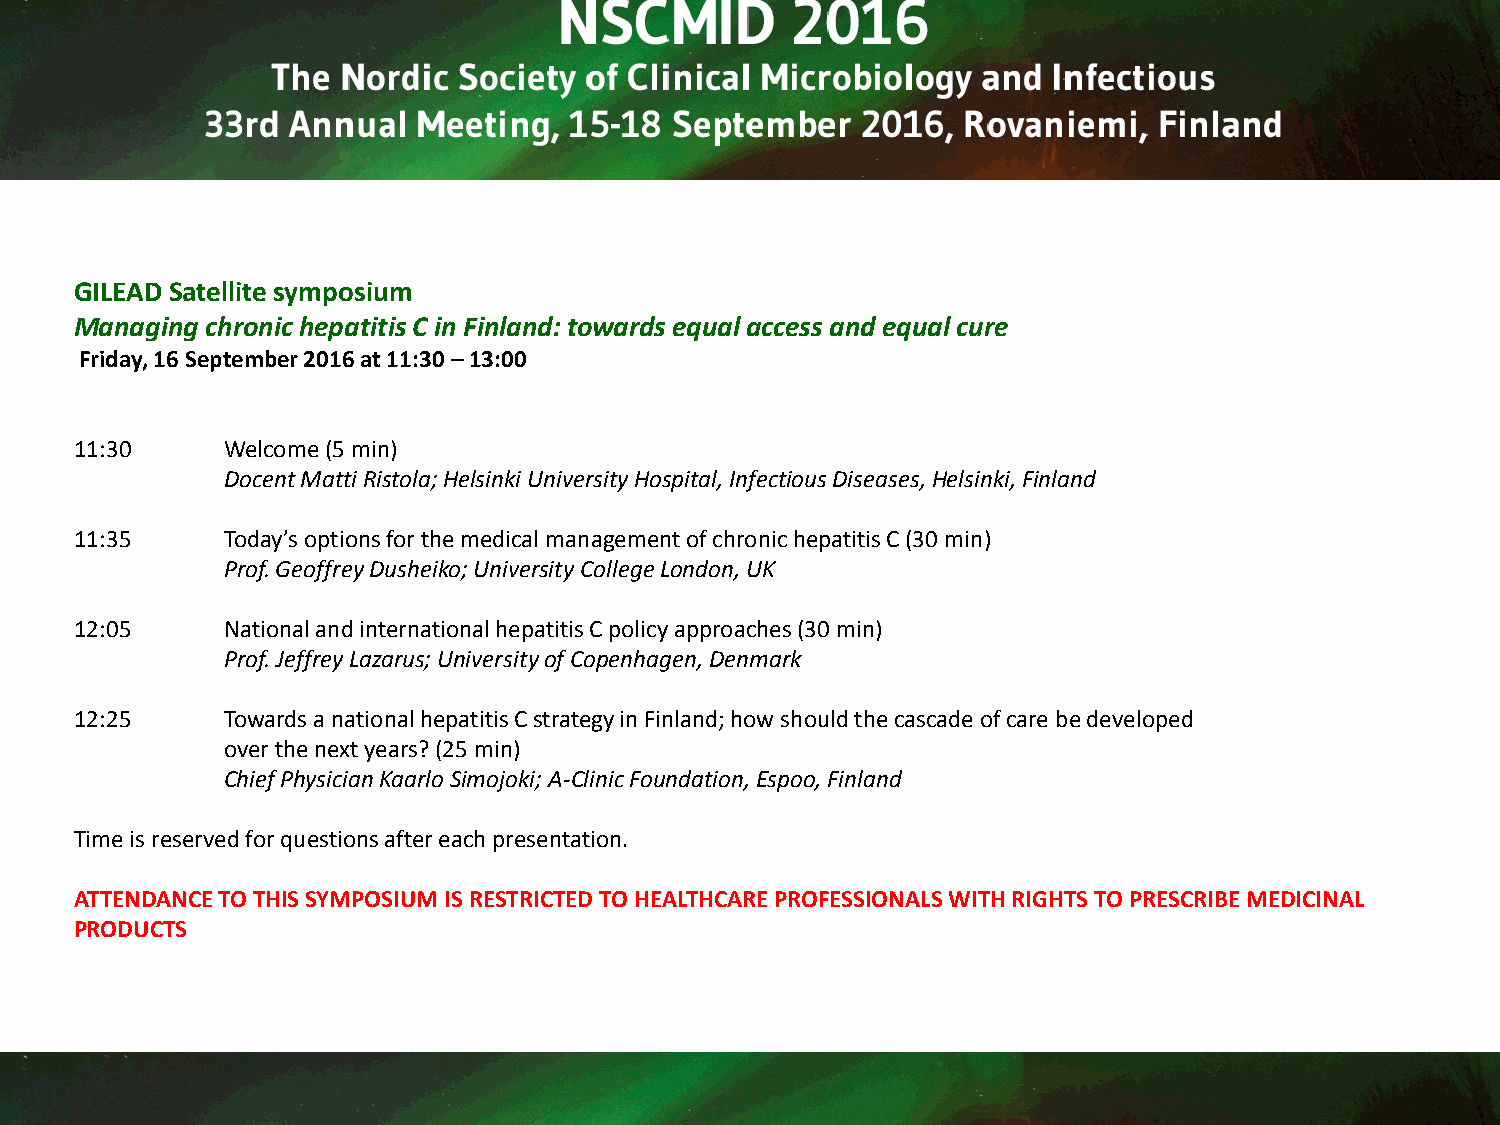
GILEAD Satellite symposium
 Managing chronic hepatitis C in Finland: towards equal access and equal cure
 Friday, 16 September 2016 at 11:30 –13:00
 11:30     Welcome (5 min)
 Docent Matti Ristola; Helsinki University Hospital, Infectious Diseases, Helsinki, Finland
 11:35     Today’s options for the medical management of chronic hepatitis C (30 min)
 Prof. Geoffrey Dusheiko; University College London, UK
 12:05     National and international hepatitis C policy approaches (30 min)
 Prof. Jeffrey Lazarus; University of Copenhagen, Denmark
 12:25     Towards a national hepatitis C strategy in Finland; how should the cascade of care be developed
 over the next years? (25 min)
 Chief Physician Kaarlo Simojoki; A-Clinic Foundation, Espoo, Finland
 Time is reserved for questions after each presentation.
 ATTENDANCE TO THIS SYMPOSIUM IS RESTRICTED TO HEALTHCARE PROFESSIONALS WITH RIGHTS TO PRESCRIBE MEDICINAL
 PRODUCTS